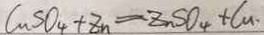
C u S O _ { 4 } + Z n = Z n S O _ { 4 } + C u .